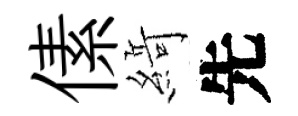
傃𦂶先